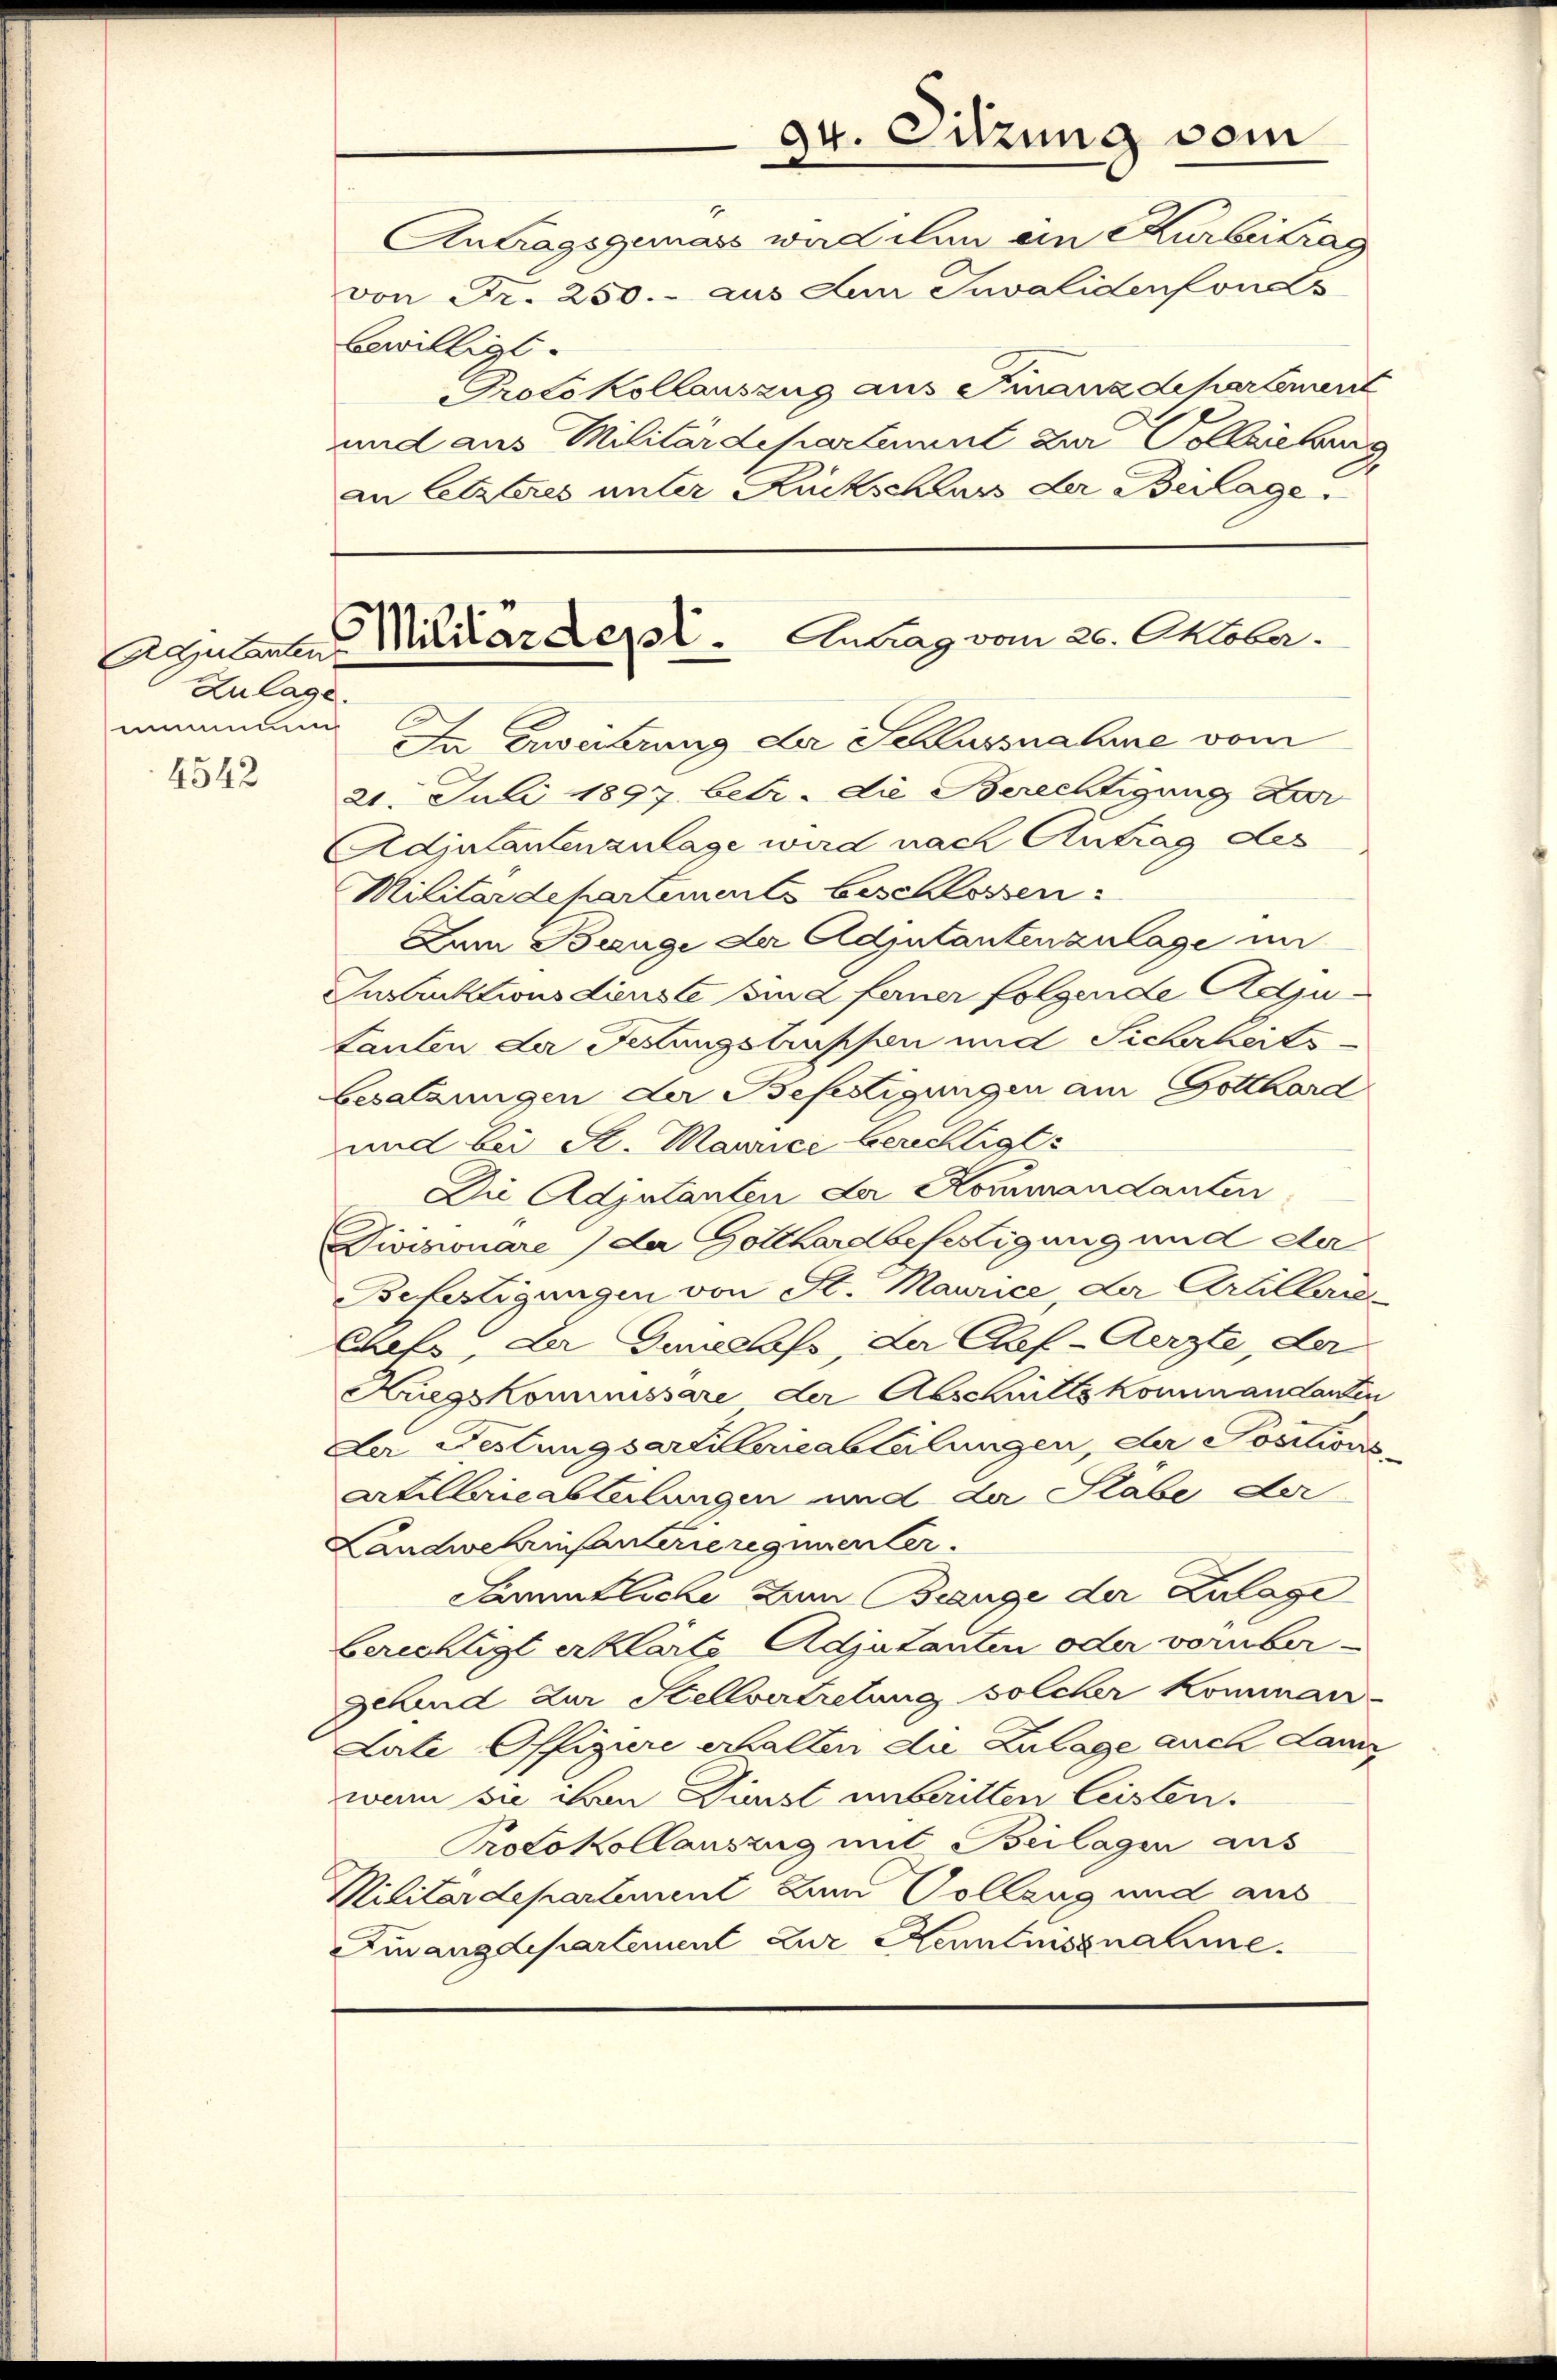
4542

Adjutanten
Zulage.
mmmmung

bewilligt.

Protokollauszug aus Finanzdepartement
Da Erweihrung der Schlussnahme vom
21. Juli 1897. betr. die Berechtigung Kar
Adjutantenzulage wird nach Antrag des
Militärdepartements beschlossen:
Zum Bange der Adjutantenzulage im
Instruktionsdienste sind ferner folgende Adju¬
Lanten der Festungstruppen und Sicherheits¬
Besatzungen der Befestigungen am Gotthard
und bei St. Maurici berechtigt:
Die Adjutanten der Kommandanten
Diviswuare) der Gotthardbefestigung und der
Befestigungen von St. Maurice, L Artillerie-
Chefs, der Genelofs, der Chef-Aerzte, der
Kriegskommnissare der Abschnitts Kommandanten
Le Festungsartillerieabteilungen, der Positions-
Arkillaricabtelungen und der Stabe der
Landwehrinfanterieregimenter.
Camtliche zum Beange der Zulage
berechtigt erklärte Adjutanten oder vorüber¬
Schend zur Stellvertretung solcher Komman-
Late-Offiziere erhalten die Zulage auch Lanz
wenn sie den Fürst unberitten leisten.
Protokollauszug mit Beilagen aus
Militärdepartement zum Vollzug und aus
Finanzdepartement zur Kenntnussnahme.

und aus Militärdepartement der Vollziehung
an letzteres unter Rückschluss der Beilage.

Militärdept. Antrag vom 20. Oktober.

24. Sitzung vom
Antragsgemass war ihn ein Kurbeitrag
von Fr. 250. - aus den Invalidenfonds